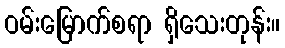
ဝမ်းမြောက်စရာ ရှိသေးတုန်း။